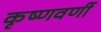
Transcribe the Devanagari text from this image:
कृष्णवर्णी